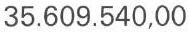
35.609.540,00